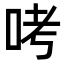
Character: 𠱼